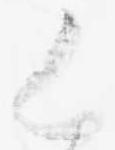
く